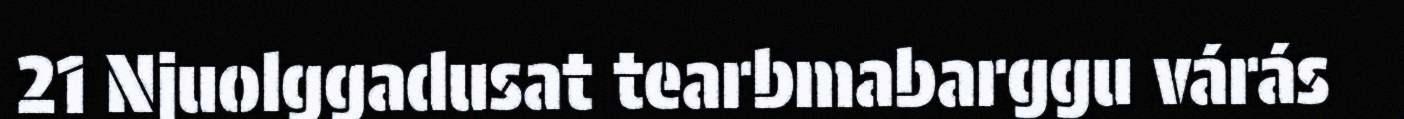
21 Njuolggadusat tearbmabarggu várás